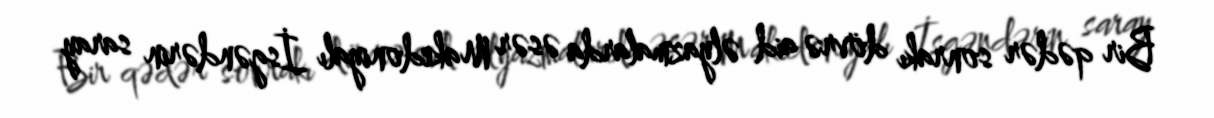
Bir qədər sonrakı dövrə aid əlyazmalarda əsər Makedoniyalı İsgəndərin saray